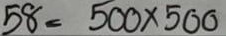
58 = 500 x 500